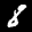
Label: 8